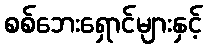
စစ်ဘေးရှောင်များနှင့်